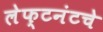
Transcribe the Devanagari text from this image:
लेफ्टनंटचे